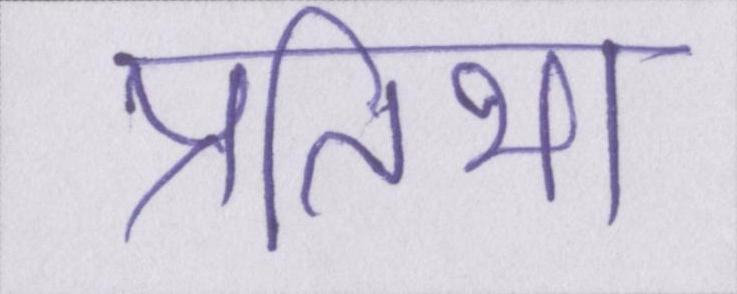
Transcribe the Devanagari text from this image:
प्रतिभा